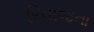
રિવાજના